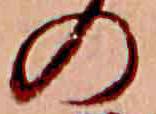
の